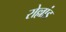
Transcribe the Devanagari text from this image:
रोल्लांड